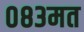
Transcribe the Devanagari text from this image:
०८३मत